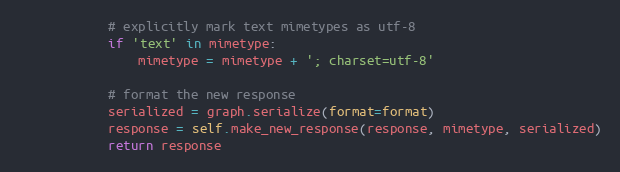
Language: Python
			# explicitly mark text mimetypes as utf-8
			if 'text' in mimetype:
				mimetype = mimetype + '; charset=utf-8'

			# format the new response
			serialized = graph.serialize(format=format)
			response = self.make_new_response(response, mimetype, serialized)
			return response